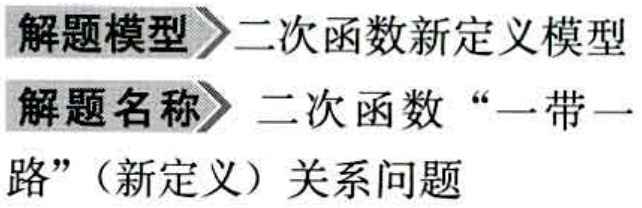
解题模型 二次函数新定义模型
解题名称 二次函数“一带一路”（新定义）关系问题